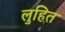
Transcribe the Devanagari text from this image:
लुहित